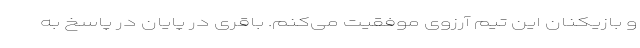
و بازیکنان این تیم آرزوی موفقیت می‌کنم. باقری در پایان در پاسخ به